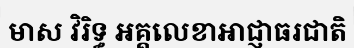
មាស វិរិទ្ធ អគ្គលេខាអាជ្ញាធរជាតិ